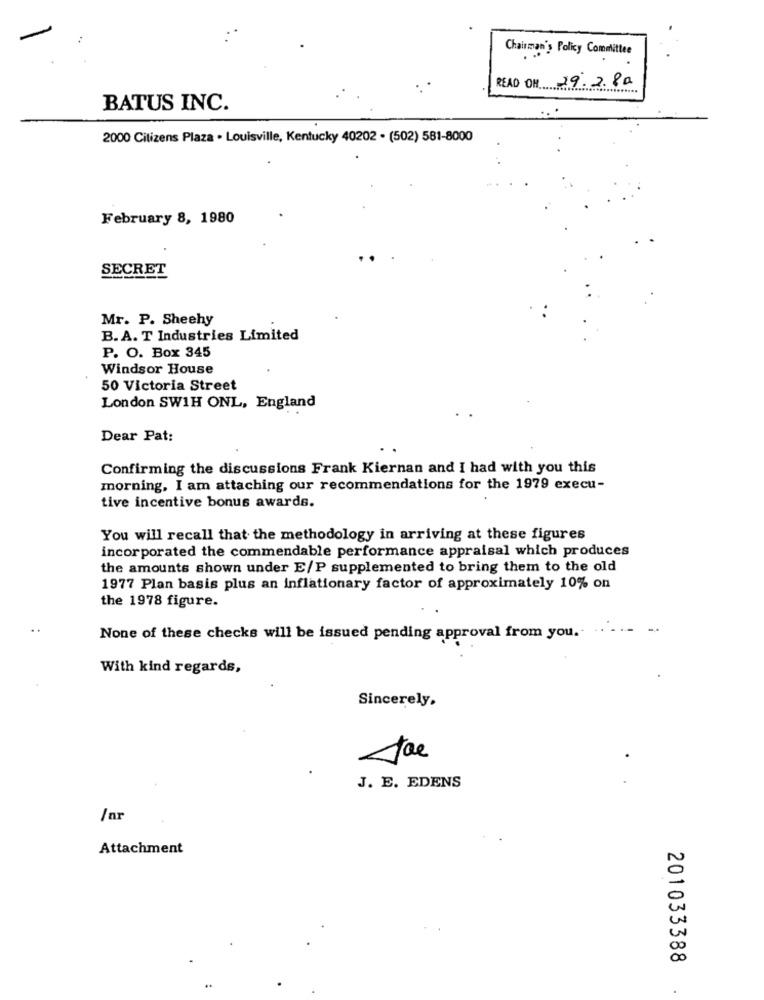
Chairman's Policy Committee
READ OH 19.2.80
BATUS INC.
2000 Citizens Plaza . Louisville, Kentucky 40202 - (502) 581-8000
February 8, 1980
SECRET
Mr. P. Sheehy
B.A. T Industries Limited
P. O. Box 345
Windsor House
50 Victoria Street
London SW1H ONL, England
Dear Pat:
Confirming the discussions Frank Kiernan and I had with you this
morning, I am attaching our recommendations for the 1979 execu-
tive incentive bonus awards.
You will recall that the methodology in arriving at these figures
incorporated the commendable performance appraisal which produces
the amounts shown under E/P supplemented to bring them to the old
1977 Plan basis plus an inflationary factor of approximately 10% on
the 1978 figure.
None of these checks will be issued pending approval from you.
With kind regards,
Sincerely.
J. E. EDENS
/ar
Attachment
201033388